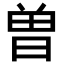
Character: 曽